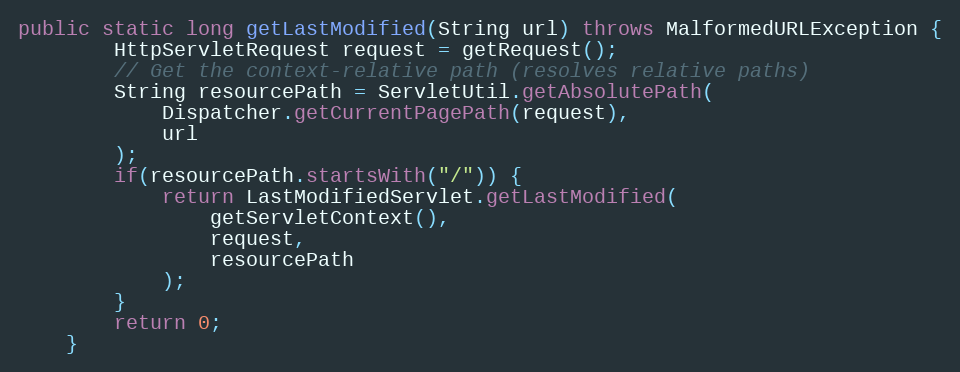
Language: Java
public static long getLastModified(String url) throws MalformedURLException {
		HttpServletRequest request = getRequest();
		// Get the context-relative path (resolves relative paths)
		String resourcePath = ServletUtil.getAbsolutePath(
			Dispatcher.getCurrentPagePath(request),
			url
		);
		if(resourcePath.startsWith("/")) {
			return LastModifiedServlet.getLastModified(
				getServletContext(),
				request,
				resourcePath
			);
		}
		return 0;
	}